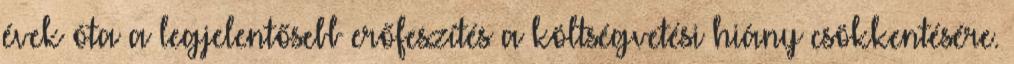
évek óta a legjelentősebb erőfeszítés a költségvetési hiány csökkentésére.